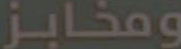
ومخابز